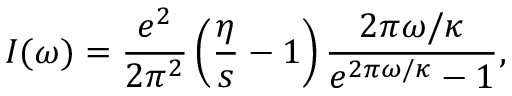
I ( \omega ) = \frac { e ^ { 2 } } { 2 \pi ^ { 2 } } \left( \frac { \eta } { s } - 1 \right) \frac { 2 \pi \omega / \kappa } { e ^ { 2 \pi \omega / \kappa } - 1 } ,